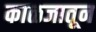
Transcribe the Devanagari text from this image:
काळजातून